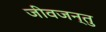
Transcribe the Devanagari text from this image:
जीवजन्तु